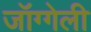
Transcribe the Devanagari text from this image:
जॉग्गेली